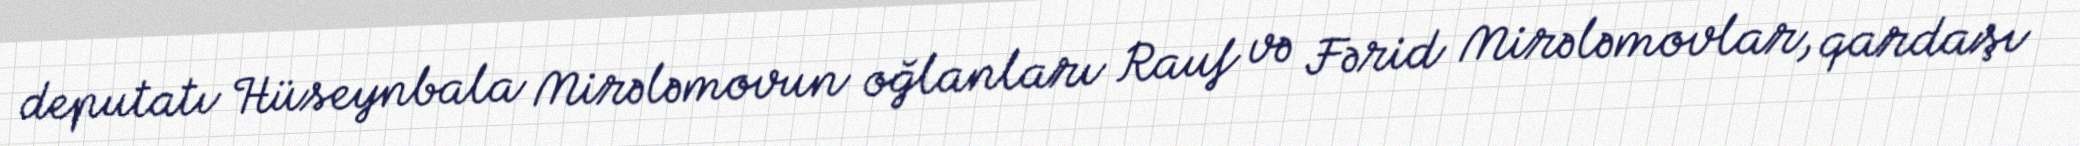
deputatı Hüseynbala Mirələmovun oğlanları Rauf və Fərid Mirələmovlar, qardaşı